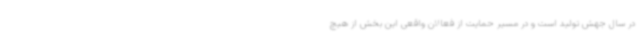
در سال جهش تولید است و در مسیر حمایت از فعالان واقعی این بخش از هیچ